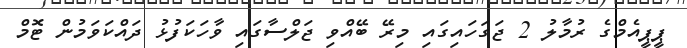
ޕީޕީއެމްގެ ރުމާލު 2 ޖަގަހައިގައި މިރޭ ބޭއްވި ޖަލްސާގައި ވާހަކަފުޅު ދައްކަވަމުން ޓޮމް